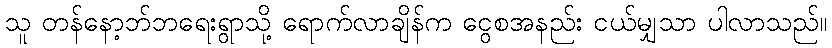
သူ တန်နော့ဘ်ဘရေးရွာသို့ ရောက်လာချိန်က ငွေစအနည်း ငယ်မျှသာ ပါလာသည်။